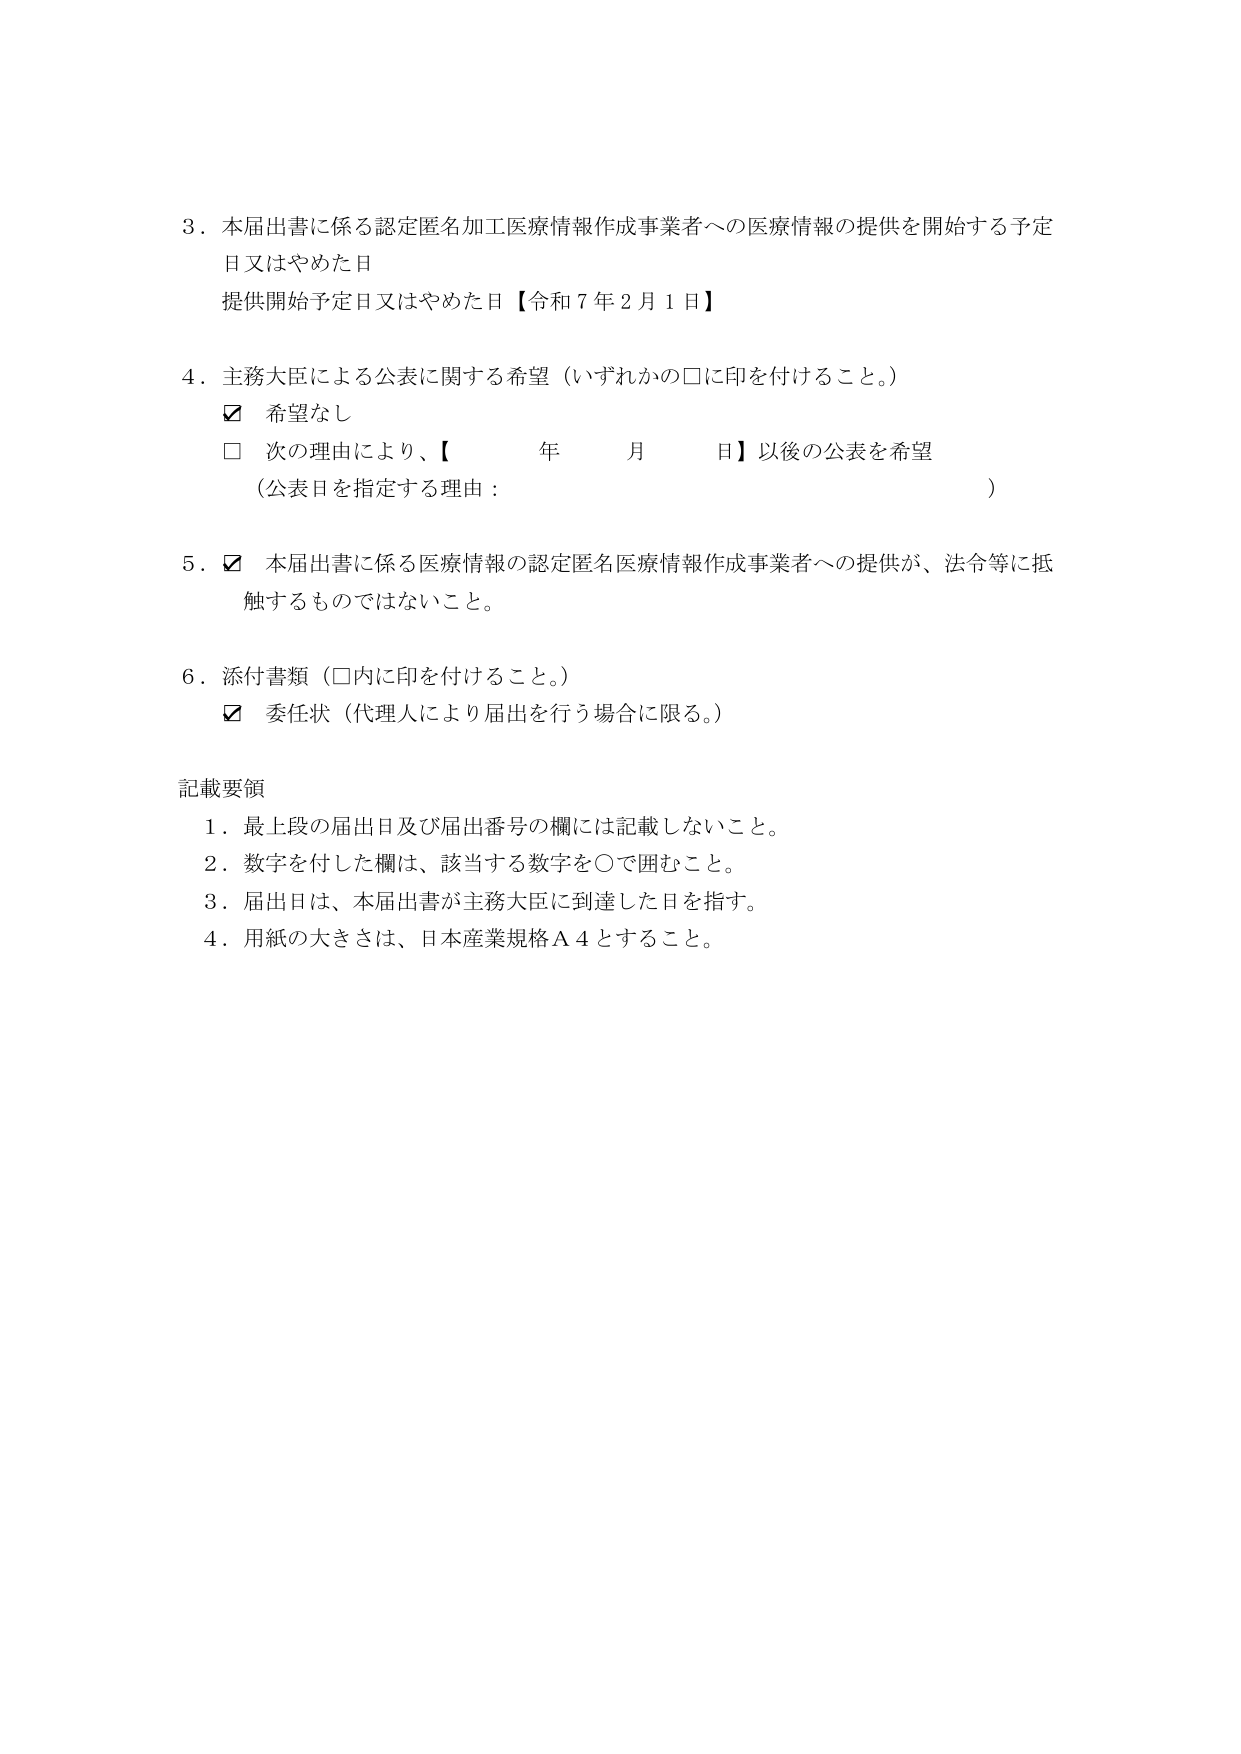
3．本届出書に係る認定匿名加工医療情報作成事業者への医療情報の提供を開始する予定日又はやめた日
提供開始予定日又はやめた日【令和7年2月1日】

4．主務大臣による公表に関する希望（いずれかの□に印を付けること。）
☑ 希望なし
□ 次の理由により、【　　　年　　　月　　　日】以後の公表を希望
（公表日を指定する理由：　　　　　　　　　　　　　　　　　　　　　　）

5．☑ 本届出書に係る医療情報の認定匿名医療情報作成事業者への提供が、法令等に抵触するものではないこと。

6．添付書類（□内に印を付けること。）
☑ 委任状（代理人により届出を行う場合に限る。）

記載要領
1．最上段の届出日及び届出番号の欄には記載しないこと。
2．数字を付した欄は、該当する数字を○で囲むこと。
3．届出日は、本届出書が主務大臣に到達した日を指す。
4．用紙の大きさは、日本産業規格Ａ４とすること。